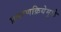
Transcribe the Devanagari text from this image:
प्रसरणक्रियेमुळे